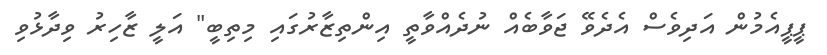
ޕީޕީއެމުން އަދިވެސް އެދެވޭ ޖަވާބެއް ނުދެއްވާތީ އިންތިޒާރުގައި މިތިބީ" އަލީ ޒާހިރު ވިދާޅުވި